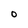
Character: O